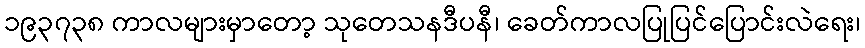
၁၉၃၇၃၈ ကာလများမှာတော့ သုတေသနဒီပနီ၊ ခေတ်ကာလပြုပြင်ပြောင်းလဲရေး၊